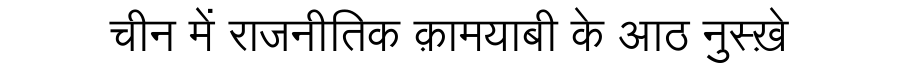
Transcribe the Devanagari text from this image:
चीन में राजनीतिक क़ामयाबी के आठ नुस्ख़े